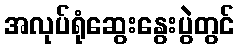
အလုပ်ရုံဆွေးနွေးပွဲတွင်